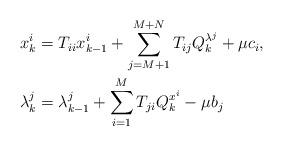
LaTeX: \begin{align*}x^{i}_{k}&=T_{ii}x^{i}_{k-1}+\sum_{j=M+1}^{M+N}T_{ij}Q^{\lambda^j}_k+\mu c_i,\\\lambda^{j}_{k}&=\lambda^j_{k-1}+\sum_{i=1}^MT_{ji}Q^{x^i}_k-\mu b_j\end{align*}